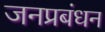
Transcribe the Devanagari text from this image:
जनप्रबंधन